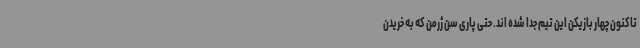
تاکنون چهار بازیکن این تیم جدا شده اند. حتی پاری سن ژرمن که به خریدن